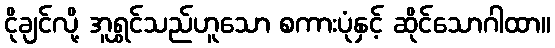
ငိုချင်လို့ အူရွှင်သည်ဟူသော စကားပုံနှင့် ဆိုင်သောဂါထာ။